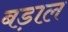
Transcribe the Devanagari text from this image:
बड़ाल